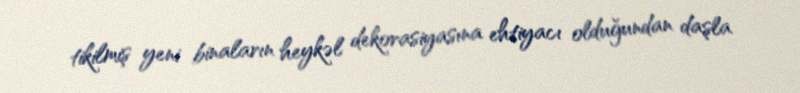
tikilmiş yeni binaların heykəl dekorasiyasına ehtiyacı olduğundan daşla